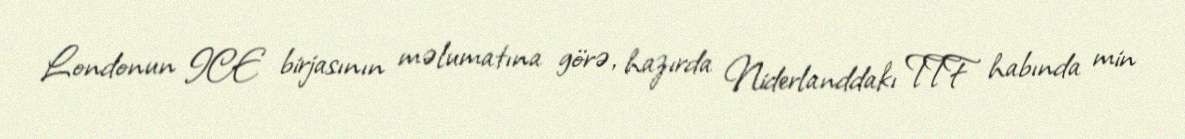
Londonun ICE birjasının məlumatına görə, hazırda Niderlanddakı TTF habında min